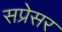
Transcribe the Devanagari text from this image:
सप्रेसर